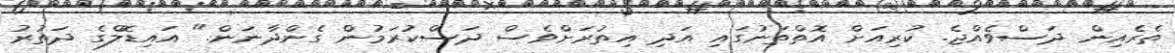
ތެރެއިން ދަސްވެއްޖެ. ކުރިއަށް އޮތްތަނުގައި އަދި އިތުރަށްވެސް ދަސްކުރަމުން ގެންދާނަން." އައިޑޮލްގެ ދަތުުރު